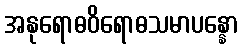
အနုရောဓဝိရောဓသမာပန္နော